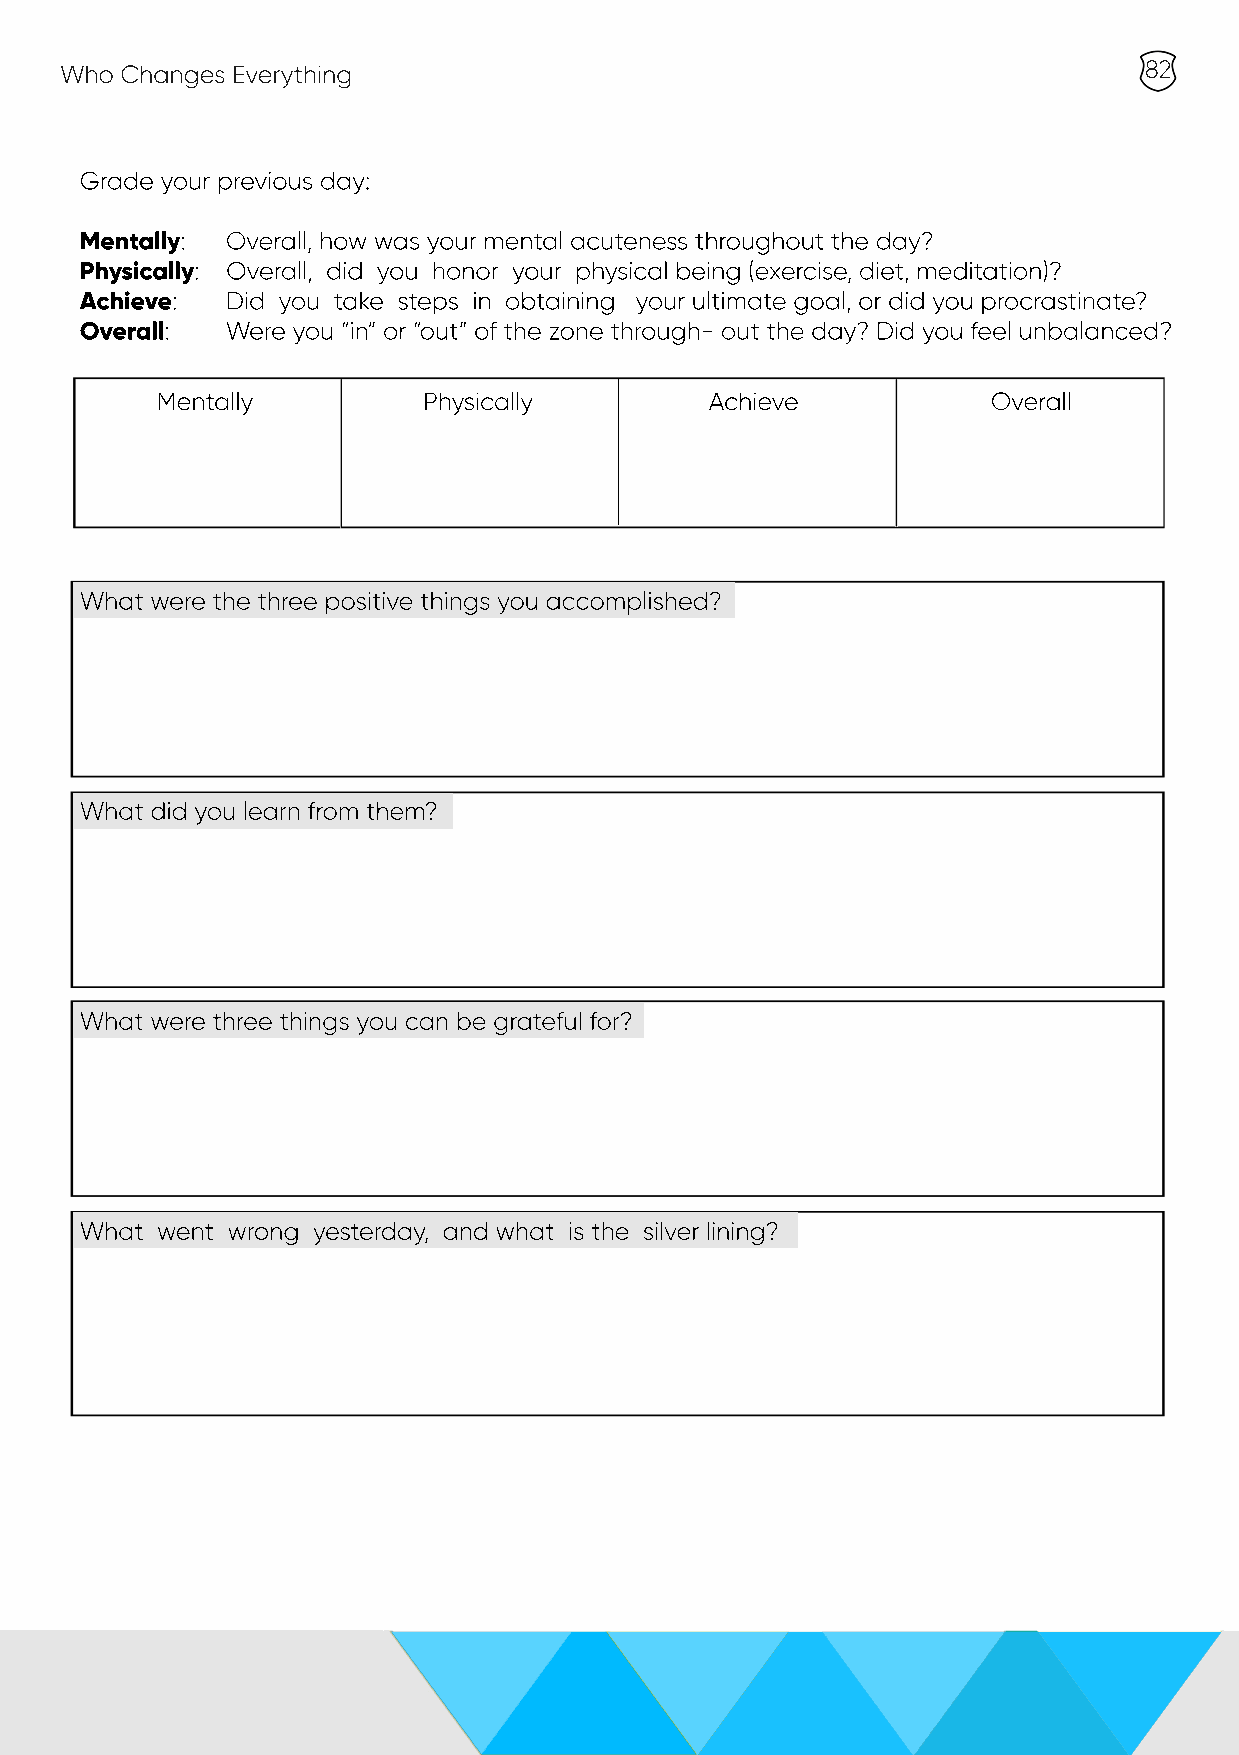
Who Changes Everything                                                  82
 Grade your previous day:
 Mentally: Overall, how was your mental acuteness throughout the day?
 Physically: Overall, did you honor your physical being (exercise, diet, meditation)?
 Achieve:  Did you take steps in obtaining your ultimate goal, or did you procrastinate?
 Overall:  Were you “in” or “out” of the zone through- out the day? Did you feel unbalanced?
 Mentally          Physically         Achieve            Overall
 What were the three positive things you accomplished?
 WWhhaatt ddiidd yyoouu lleeaarrnn ffrroomm tthheemm??
 What were three things you can be grateful for?
 What went wrong yesterday, and what is the silver lining?